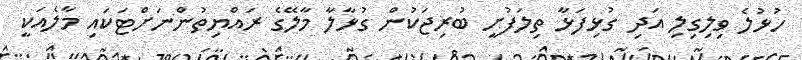
ހުޅުލެ ވިލިގިލި އަދި ގުޅިފަޅާ ތިލަފުށީ ބުރިޖަކުން ގުޅާލާ މާލޭގެ ރައްޔިތުންނަށްޓަކައި މާލެއަކީ